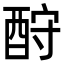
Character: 酧